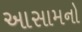
આસામનો